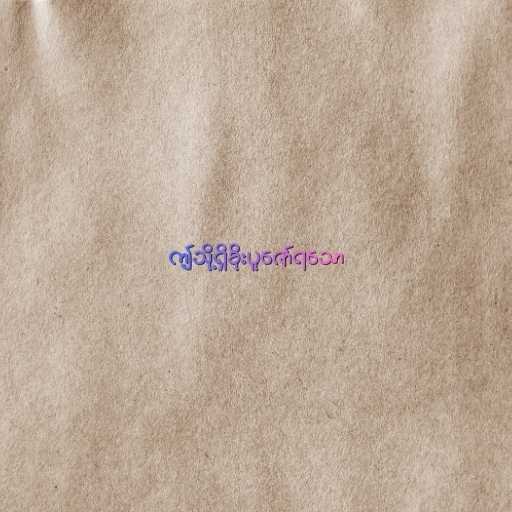
ဤသို့ရှိခိုးပူဇော်ရသော